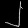
Digit: ၂